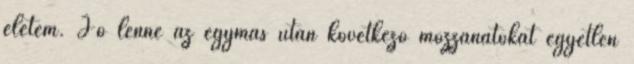
életem. Jó lenne az egymás után következő mozzanatokat egyetlen